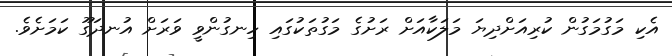
އެކި މަގުމަގުން ކުރިއަށްދިޔަ މަލަކާއަށް ރަށުގެ މަގުތަކުގައި ހިނގުންވީ ވަރަށް އުނދަގޫ ކަމަށެވެ.